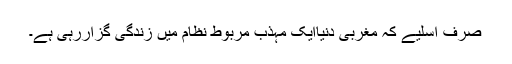
صرف اسلیے کہ مغربی دنیاایک مہذب مربوط نظام میں زندگی گزاررہی ہے۔